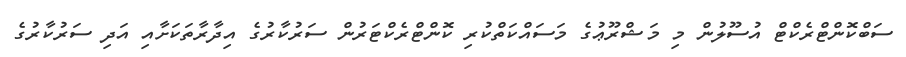
ސަބްކޮންޓްރެކްޓް އުސޫލުން މި މަޝްރޫޢުގެ މަސައްކަތްކުރި ކޮންޓްރެކްޓަރުން ސަރުކާރުގެ އިދާރާތަކަށާއި އަދި ސަރުކާރުގެ